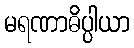
မရဏာဓိပ္ပါယာ